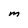
Character: M